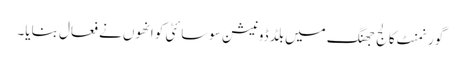
گورنمنٹ کالج جھنگ میں بلڈ ڈونیشن سوسائٹی کو انھوں نے فعال بنایا۔